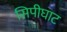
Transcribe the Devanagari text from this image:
सिपीघाट